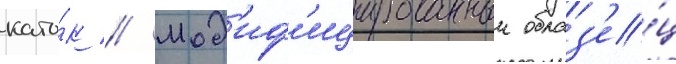
като́к // Мод'иф'ицированныи образ'е́ц